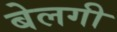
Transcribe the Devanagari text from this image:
बेलगी